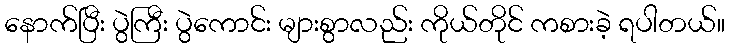
နောက်ပြီး ပွဲကြီး ပွဲကောင်း များစွာလည်း ကိုယ်တိုင် ကစားခဲ့ ရပါတယ်။